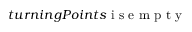
t u r n i n g P o i n t s \mathrm { ~ i ~ s ~ e ~ m ~ p ~ t ~ y ~ }